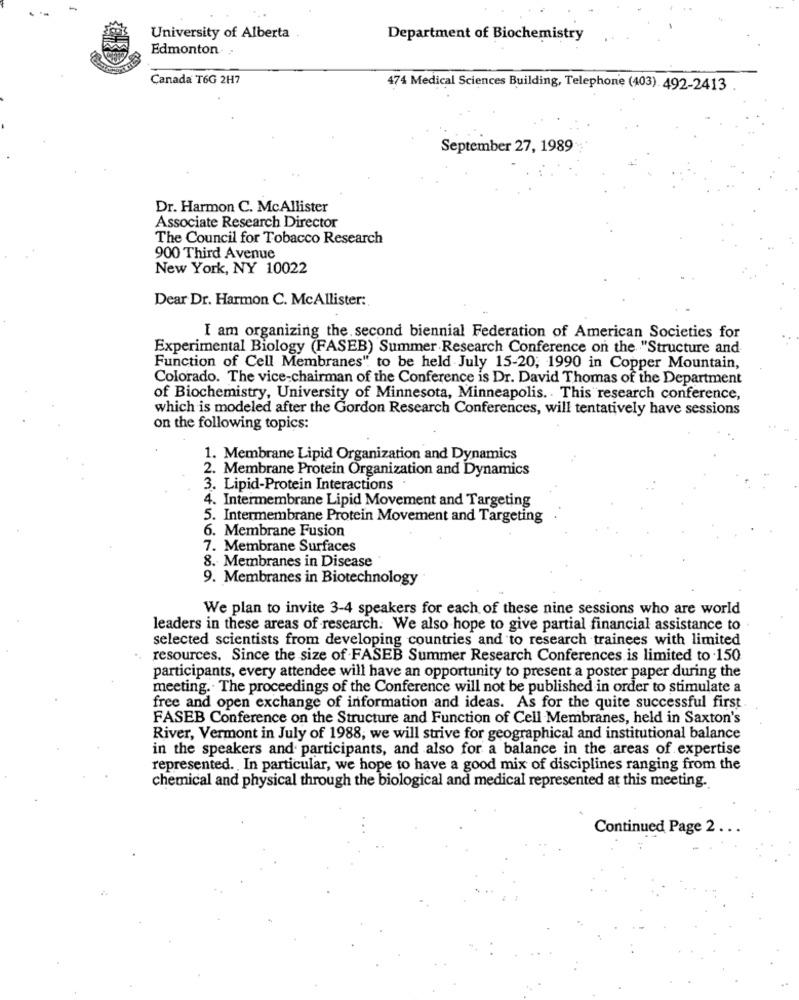
University of Alberta
Department of Biochemistry
Edmonton :
Canada T6G 2H7
474 Medical Sciences Building, Telephone (403) 492-2413
September 27, 1989
Dr. Harmon C. McAllister
Associate Research Director
The Council for Tobacco Research
900 Third Avenue
New York, NY 10022
Dear Dr. Harmon C. McAllister:
I am organizing the second biennial Federation of American Societies for
Experimental Biology (FASEB) Summer Research Conference on the "Structure and
Function of Cell Membranes". to be held July 15-20, 1990 in Copper Mountain,
Colorado. The vice-chairman of the Conference is Dr. David Thomas of the Department
of Biochemistry, University of Minnesota, Minneapolis. This research conference,
which is modeled after the Gordon Research Conferences, will tentatively have sessions
on the following topics:
1. Membrane Lipid Organization and Dynamics
2. Membrane Protein Organization and Dynamics
3. Lipid-Protein Interactions
4. Intermembrane Lipid Movement and Targeting
5. Intermembrane Protein Movement and Targeting
6. Membrane Fusion
7. Membrane Surfaces
8. Membranes in Disease
9. Membranes in Biotechnology
We plan to invite 3-4 speakers for each of these nine sessions who are world
leaders in these areas of research. We also hope to give partial financial assistance to .
selected scientists from developing countries and to research trainees with limited
resources. Since the size of FASEB Summer Research Conferences is limited to .150
participants, every attendee will have an opportunity to present a poster paper during the
meeting. . The proceedings of the Conference will not be published in order to stimulate a
free and open exchange of information and ideas. As for the quite successful first
FASEB Conference on the Structure and Function of Cell Membranes, held in Saxton's
River, Vermont in July of 1988, we will strive for geographical and institutional balance
in the speakers and participants, and also for a balance in the areas of expertise
represented. , In particular, we hope to have a good mix of disciplines ranging from the
chemical and physical through the biological and medical represented at this meeting.
Continued Page 2 . . .